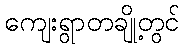
ကျေးရွာတချို့တွင်